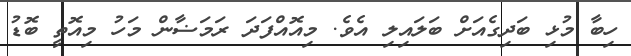
ހިބާ މުޅި ބަދިގެއަށް ބަލައިލި އެވެ. މިއޮއްފަދަ ރަމަޟާން މަހު މިއޮތީ ބޮޑު